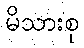
မိသားစု